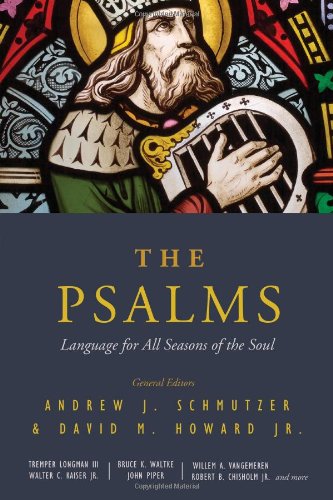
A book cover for The Psalms: Language for All Seasons of the Soul; Christian Books & Bibles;